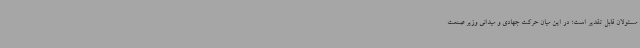
مسئولان قابل تقدیر است؛ در این میان حرکت جهادی و میدانی وزیر صنعت